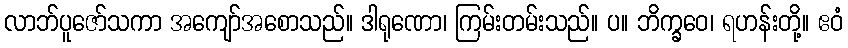
လာဘ်ပူဇော်သကာ အကျော်အစောသည်။ ဒါရုဏော၊ ကြမ်းတမ်းသည်။ ပ။ ဘိက္ခဝေ၊ ရဟန်းတို့။ ဧဝံ